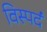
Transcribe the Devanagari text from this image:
विस्पर्द